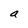
Character: a